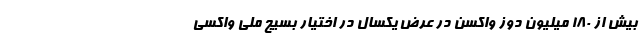
بیش از ۱۸۰ میلیون دوز واکسن در عرض یکسال در اختیار بسیج ملی واکسی